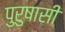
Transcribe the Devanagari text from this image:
पुरुषासी